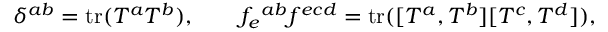
\delta ^ { a b } = \mathrm { t r } ( T ^ { a } T ^ { b } ) , \qquad f _ { e } ^ { \ a b } f ^ { e c d } = \mathrm { t r } ( [ T ^ { a } , T ^ { b } ] [ T ^ { c } , T ^ { d } ] ) ,